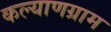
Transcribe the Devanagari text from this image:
कल्याणग्राम